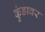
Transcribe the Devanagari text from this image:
कुंडावर